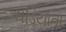
ચડિયાતા